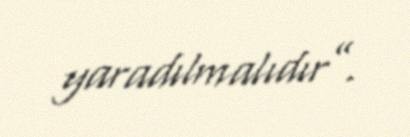
yaradılmalıdır”.